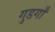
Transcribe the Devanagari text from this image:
गुडगाँ